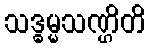
သဒ္ဓမ္မသဏ္ဌိတိ